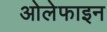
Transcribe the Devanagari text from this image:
ओलेफाइन